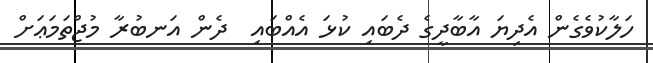
ހަލާކުވެގެން އެދިޔަ އާބާދީގެ ދެބައި ކުޅަ އެއްބައި  ދެން އަނބުރާ މުޖްތަމަޢަށް